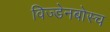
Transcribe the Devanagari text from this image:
विज्डेनबोस्च